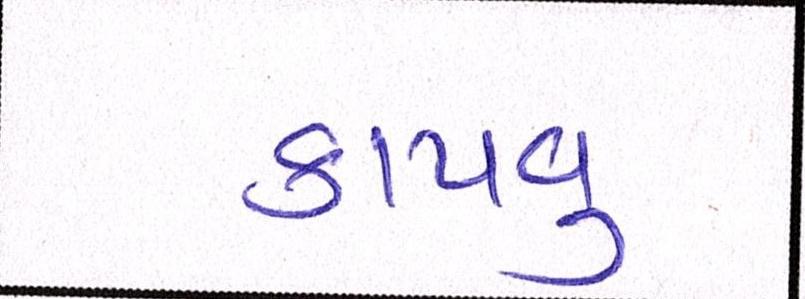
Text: કાપવુ